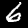
Label: 6